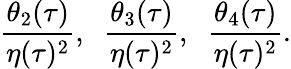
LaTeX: \frac{\theta_{2}(\tau)}{\eta(\tau)^{2}},\; \; \frac{\theta_{3}(\tau)}{\eta(\tau)^{2}},\; \; \frac{\theta_{4}(\tau)}{\eta(\tau)^{2}}.